Report of the Indian Hemp Drugs Commission, 1894-1895 - Volume VI
Year: 1894
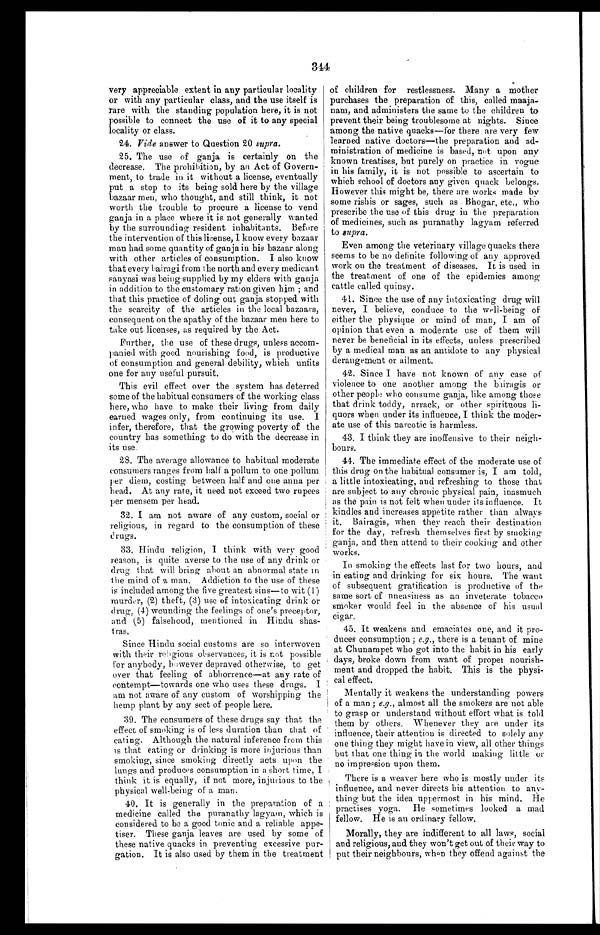
344
very appreciable extent in any particular locality
or with any particular class, and the use itself is
rare with the standing population here, it is not
possible to connect the use of it to any special
locality or class.
24. Vide answer to Question 20 supra.
25. The use of ganja is certainly on the
decrease. The prohibition, by an Act of Govern-
ment, to trade in it without a license, eventually
put a stop to its being sold here by the village
bazaar men, who thought, and still think, it not
worth the trouble to procure a license to vend
ganja in a place where it is not generally wanted
by the surrounding resident inhabitants. Before
the intervention of this license, I know every bazaar
man had some quantity of ganja in his bazaar along
with other articles of consumption. I also know
that every bairagi from the north and every medicant
sanyasi was being supplied by my elders with ganja
in addition to the customary ration given him ; and
that this practice of doling out ganja stopped with
the scarcity of the articles in the local bazaars,
consequent on the apathy of the bazaar men here to
take out licenses, as required by the Act.
Further, the use of these drugs, unless accom-
panied with good nourishing food, is productive
of consumption and general debility, which unfits
one for any useful pursuit.
This evil effect over the system has deterred
some of the habitual consumers of the working class
here, who have to make their living from daily
earned wages only, from continuing its use. I
infer, therefore, that the growing poverty of the
country has something to do with the decrease in
its use.
28. The average allowance to habitual moderate
consumers ranges from half a pollum to one pollum
per diem, costing between half and one anna per
head. At any rate, it need not exceed two rupees
per rnensem per head.
32. I am not aware of any custom, social or
religious, in regard to the consumption of these
drugs.
33. Hindu religion, I think with very good
reason, is quite averse to the use of any drink or
drug that will bring about an abnormal state in
the mind of a man. Addiction to the use of these
is included among the five greatest sins—to wit (1)
murder, (2) theft, (3) use of intoxicating drink or
drug, (4) wounding the feelings of one's preceptor,
and (5) falsehood, mentioned in Hindu shas-
t r a s .
Since Hindu social customs are so interwoven
with their r eligious observances, it is not possible
for anybody, however depraved otherwise, to get
over that feeling of abhorrence—at any rate of
contempt—towards one who uses these drugs. I
am not aware of any custom of worshipping the
hemp plant by any sect of people here.
39. The consumers of these drugs say that the
effect of smoking is of less duration than that of
eating. Although the natural inference from this
is that eating or drinking is more injurious than
smoking, since smoking directly acts upon the
lungs and produces consumption in a short time, I
think it is equally, if not more, injurious to the
physical well-being of a man.
40. It is generally in the preparation of a
medicine called the puranathy lagyam, which is
considered to be a good tonic and a reliable appe-
tiser. These ganja leaves are used by some of
these native quacks in preventing excessive pur-
gation. It is also used by them in the treatment
of children for restlessness. Many a mother
purchases the preparation of this, called . maaja
-
nam, and administers the same to the children to
prevent their being troublesome at nights. Since
among the native quacks—for there are very few
learned native doctors—the preparation and ad-
ministration of medicine is based, not upon any
known treatises, but purely on practice in vogue
in his family, it is not possible to ascertain to
which school of doctors any given quack belongs.
However this might be, there are works made by
some rishis or sages, such as Bhogar, etc., who
prescribe the use of this drug in the preparation.
of medicines, such as puranathy lagyam referred
to supra.
Even among the veterinary village quacks there
seems to be no definite following of any approved
work on the treatment of diseases. It is used in
the treatment of one of the epidemics among
cattle called quinsy.
41. Since the use of any intoxicating drug will
never, I believe, conduce to the well-being of
either the physique or mind of man, I am of
opinion that even a moderate use of them will
never be beneficial in its effects, unless prescribed
by a medical man as an antidote to any physical
derangement or ailment.
42. Since I have not known of any case of
violence to one another among the bairagis or
other people who consume ganja, like among those
that drink toddy, arrack, or other spirituous li-
quors when under its influence, I think the moder-
ate use of this narcotic is harmless.
43. I think they are inoffensive to their neigh-
bours.
44. The immediate effect of the moderate use of
this drug on the habitual consumer is, I am told,
a little intoxicating, and refreshing to those that
are subject to any chronic physical pain, inasmuch
as the pain is not felt when under its influence. It
kindles and increases appetite rather than always
it. Bairagis, when they reach their destination
for the day, refresh themselves first by
s m o k i n g g a n j a , a n d t h e n a t t e n d t o t h e i r c o o k i n g a n d o t h e r
works.
In smoking the effects last for two hours, and
in eating and drinking for six hours, The want
of subsequent gratification is productive of the
same sort of nneasiness as an inveterate tobacco
smoker would feel in the absence of his usual
cigar.
45. It weakens and emaciates one, and it pro-
duces consumption ; e.g., there is a tenant of mine
at Chunampet who got into the habit in his early
days, broke down from want of proper nourish-
ment and dropped the habit. This is the physi-
cal effect.
Mentally it weakens the understanding powers
of a man ; e.g., almost all the smokers are not able
to grasp or understand without effort what is told
them by others. Whenever they are under its
influence, their attention is directed to solely any
one thing they might have in view, all other things
but that one thing in the world making little or
no impression upon them.
There is a. weaver here who is mostly under its
influence, and never directs his attention to any-
thing but the idea uppermost in his mind. He
practises yoga. He sometimes looked a mad
fellow. He is an ordinary fellow.
Morally, they are indifferent to all laws, social
and religious, and they won't get out of their way to
put their neighbours, when they offend against the